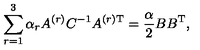
\sum _ { r = 1 } ^ { 3 } \alpha _ { r } A ^ { ( r ) } C ^ { - 1 } A ^ { ( r ) \mathrm { T } } = \frac { \alpha } { 2 } B B ^ { \mathrm { T } } ,